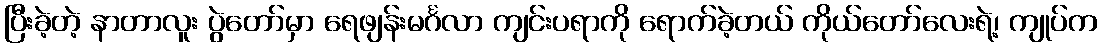
ပြီးခဲ့တဲ့ နာတာလူး ပွဲတော်မှာ ရေဖျန်းမင်္ဂလာ ကျင်းပရာကို ရောက်ခဲ့တယ် ကိုယ်တော်လေးရဲ့၊ ကျုပ်က